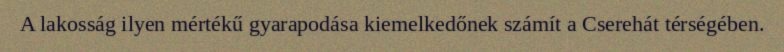
A lakosság ilyen mértékű gyarapodása kiemelkedőnek számít a Cserehát térségében.